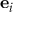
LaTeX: \mathbf { e } _ { i }